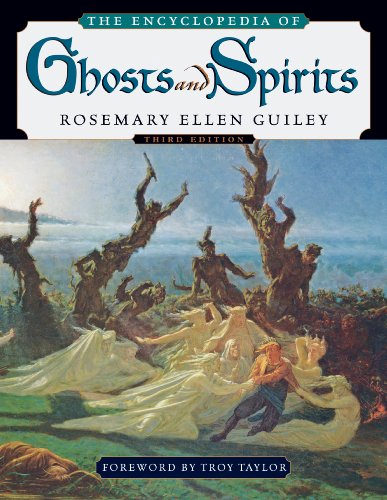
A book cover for The Encyclopedia of Ghosts and Spirits; Rosemary Ellen Guiley; Religion & Spirituality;